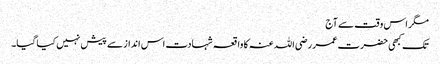
مگر اس وقت سے آج
تک کبھی حضرت عمر رضی اللہ عنہ کا واقعہ شہادت اس انداز سے پیش نہیں کیا گیا۔